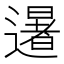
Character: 𮟕